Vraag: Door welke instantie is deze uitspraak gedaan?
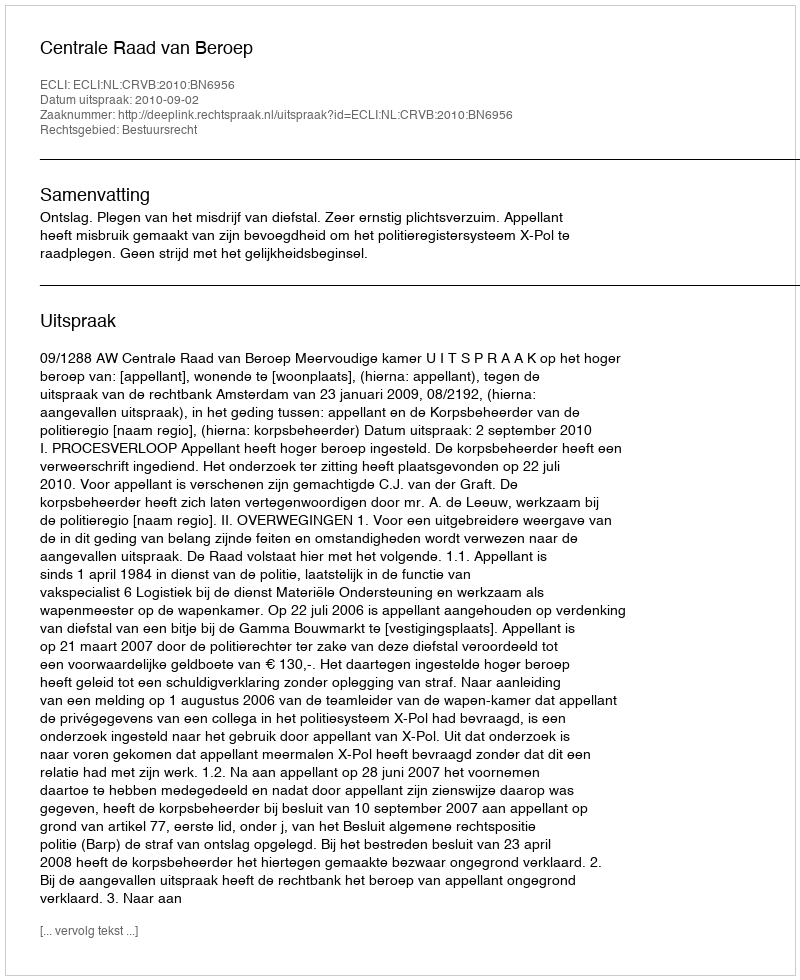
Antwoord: Centrale Raad van Beroep